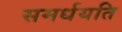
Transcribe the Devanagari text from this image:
समर्धयति